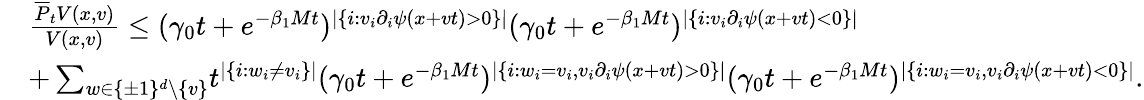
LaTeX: \begin{array}{rl}&{\frac{\overline{{P}}_{t}V(x,v)}{V(x,v)}\leq(\gamma_{0}t+e^{-\beta_{1}Mt})^{\lvert\{ i:v_{i}\partial_{i}\psi(x+vt)>0\} \rvert}(\gamma_{0}t+e^{-\beta_{1}Mt})^{\lvert\{ i:v_{i}\partial_{i}\psi(x+vt)<0\} \rvert}}\\ &{+\sum_{w\in\{ \pm 1\} ^{d}\setminus\{ v\} }\! t^{|\{ i:w_{i}\neq v_{i}\} |}(\gamma_{0}t+e^{-\beta_{1}Mt})^{\lvert\{ i:w_{i}=v_{i},v_{i}\partial_{i}\psi(x+vt)>0\} \rvert}(\gamma_{0}t+e^{-\beta_{1}Mt})^{\lvert\{ i:w_{i}=v_{i},v_{i}\partial_{i}\psi(x+vt)<0\} \rvert}.}\end{array}